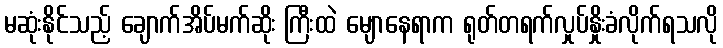
မဆုံးနိုင်သည့် ချောက်အိပ်မက်ဆိုး ကြီးထဲ မျောနေရာက ရုတ်တရက်လှုပ်နှိုးခံလိုက်ရသလို